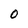
Character: O